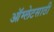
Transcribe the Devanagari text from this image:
ऑम्लेटसाठी